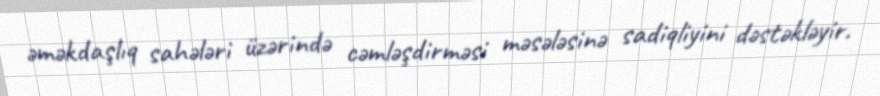
əməkdaşlıq sahələri üzərində cəmləşdirməsi məsələsinə sadiqliyini dəstəkləyir.